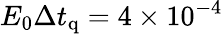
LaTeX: E_{0}\Delta t_{\mathrm{q}}=4\times 10^{-4}